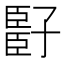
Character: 𬛧